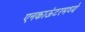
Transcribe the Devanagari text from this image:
एनकाऊंटरमध्ये